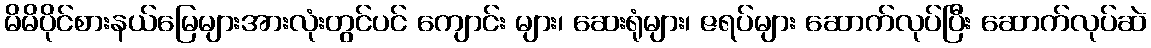
မိမိပိုင်စားနယ်မြေများအားလုံးတွင်ပင် ကျောင်း များ၊ ဆေးရုံများ၊ ဇရပ်များ ဆောက်လုပ်ပြီး ဆောက်လုပ်ဆဲ